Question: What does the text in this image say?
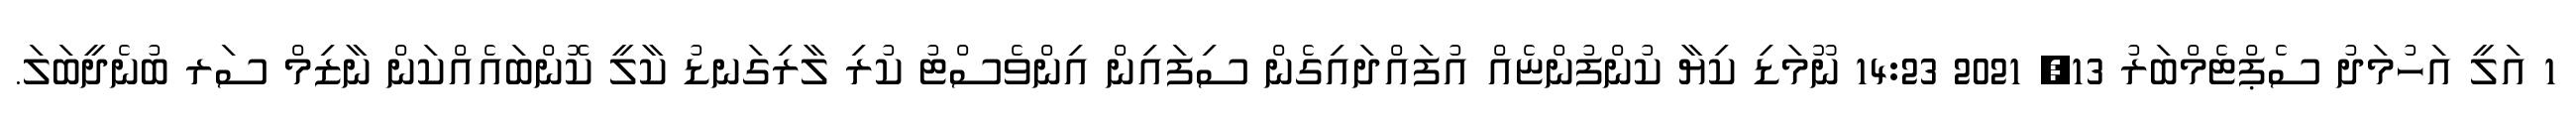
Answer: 1 އަލީ އަހުމަދު ސެޕްޓެމްބަރު 13, 2021 14:23 ނޫމަޑި ކިޔާ ކުންފުންޏެއް އުފައްދައިގެން ސިފައިން އިންވެސްޓު ކުރި ލާރިގަނޑު ކާލީ ކޮންބައެއްކަން ނާޒިމް ސަރ ބުނެދީބަލަ.